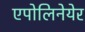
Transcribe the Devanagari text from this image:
एपोलिनेयेर